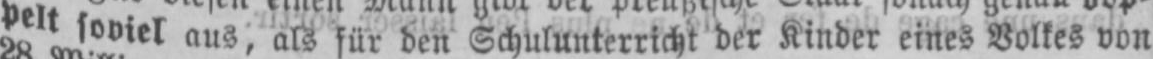
peltsoviel aus, als für den Schulunterricht der Kinder eines Volkes von